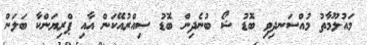
މައުލޫމާތު މުއްސަނދިވި ބޮޑު ޝޯ ބުނެދިން ބޮޑު ސިއްރުއޭކަން އާއި ޕްރިޔަންކާ ބަލަން